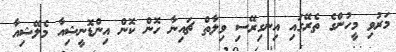
މަރުވި މީހުންގެ ތެރޭގައި އިނގިރޭސި ވިލާތް ޗައިނާ ހޮން ކޮން އިންޑޮނީޝިއާ މެލޭޝިއާ